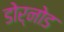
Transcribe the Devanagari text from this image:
डोर्नोड